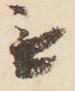
無